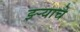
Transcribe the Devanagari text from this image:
झ्ऱ्याचे